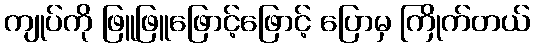
ကျုပ်ကို ဖြူဖြူဖြောင့်ဖြောင့် ပြောမှ ကြိုက်တယ်